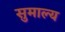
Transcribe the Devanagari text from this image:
सुमाल्य